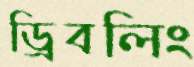
ড্রিবলিং